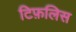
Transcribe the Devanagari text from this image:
टिफ़लिस